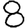
Digit: 8